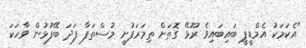
"އެކަމަކު އެމްޑީޕީ ބައިބައިވެ ރޫޅޭ ގޮތަށް ތިމަރަފުށީ މުސްތަފާ ފަދަ ބޭފުޅުން ވާހަކަ